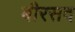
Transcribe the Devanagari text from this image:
बीरसद